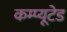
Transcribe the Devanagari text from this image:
कम्प्यूटेड